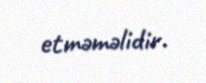
etməməlidir.